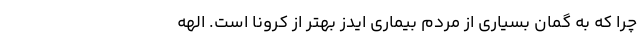
چرا که به گمان بسیاری از مردم بیماری ایدز بهتر از کرونا است. الهه